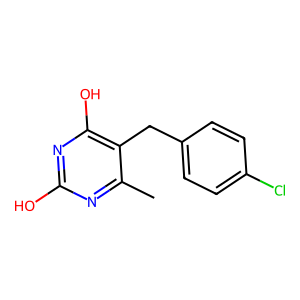
SMILES: Cc1nc(O)nc(O)c1Cc1ccc(Cl)cc1
Inhibits HIV replication: No